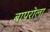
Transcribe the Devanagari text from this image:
बापरोला